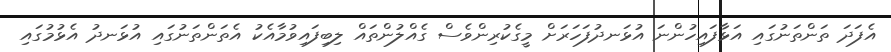
އެފަދަ ތަންތަނުގައި އަޅާފައިހުންނަ އުޅަނދުފަހަރަށް މީގެކުރިންވެސް ގެއްލުންތައް ލިބިފައިވުމާއެކު އެތަންތަނުގައި އުޅަނދު އެޅުމުގައި